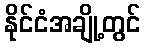
နိုင်ငံအချို့တွင်